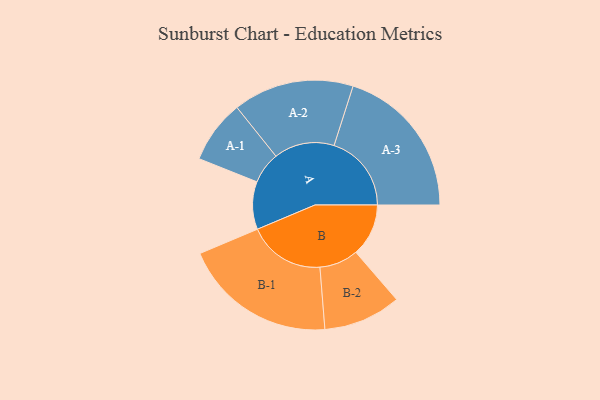
{"axis": {"x": "Segment", "y": "Value"}, "legend": ["", "A", "B"], "data": [{"x": "A", "y": 166, "type": ""}, {"x": "B", "y": 183, "type": ""}, {"x": "A-1", "y": 110, "type": "A"}, {"x": "A-2", "y": 210, "type": "A"}, {"x": "A-3", "y": 269, "type": "A"}, {"x": "B-1", "y": 267, "type": "B"}, {"x": "B-2", "y": 135, "type": "B"}]}